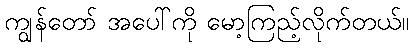
ကျွန်တော် အပေါ်ကို မော့ကြည့်လိုက်တယ်။